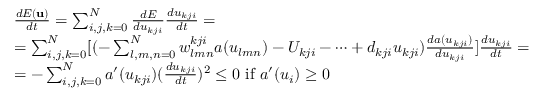
\begin{array} { r l } & { \frac { d E ( \mathbf { u } ) } { d t } = \sum _ { i , j , k = 0 } ^ { N } \frac { d E } { d u _ { k j i } } \frac { d u _ { k j i } } { d t } = } \\ & { = \sum _ { i , j , k = 0 } ^ { N } [ ( - \sum _ { l , m , n = 0 } ^ { N } w _ { l m n } ^ { k j i } a ( u _ { l m n } ) - U _ { k j i } - \dots + d _ { k j i } u _ { k j i } ) \frac { d a ( u _ { k j i } ) } { d u _ { k j i } } ] \frac { d u _ { k j i } } { d t } = } \\ & { = - \sum _ { i , j , k = 0 } ^ { N } a ^ { \prime } ( u _ { k j i } ) ( \frac { d u _ { k j i } } { d t } ) ^ { 2 } \leq 0 \mathrm { ~ i f ~ } a ^ { \prime } ( u _ { i } ) \geq 0 } \end{array}